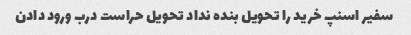
سفیر اسنپ خرید را تحویل بنده نداد تحویل حراست درب ورود دادن